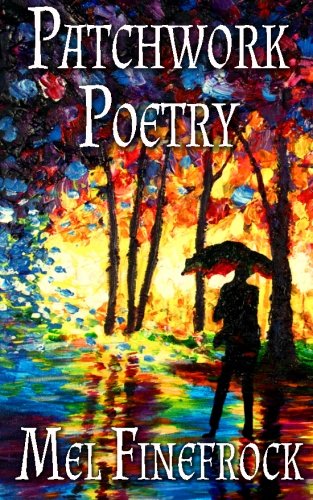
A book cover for Patchwork Poetry; Mel Finefrock; Literature & Fiction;